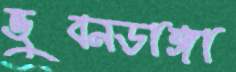
ভুবনডাঙ্গা